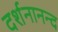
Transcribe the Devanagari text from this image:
दर्शनानन्‍द